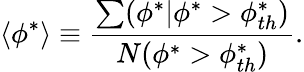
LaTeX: \langle\phi^{*}\rangle\equiv\frac{\sum(\phi^{*}|\phi^{*}>\phi_{th}^{*})}{N(\phi^{*}>\phi_{th}^{*})}.